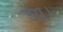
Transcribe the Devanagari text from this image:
उग्र।